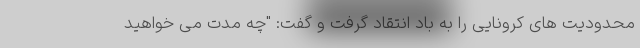
محدودیت های کرونایی را به باد انتقاد گرفت و گفت: "چه مدت می خواهید